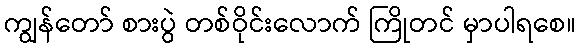
ကျွန်တော် စားပွဲ တစ်ဝိုင်းလောက် ကြိုတင် မှာပါရစေ။